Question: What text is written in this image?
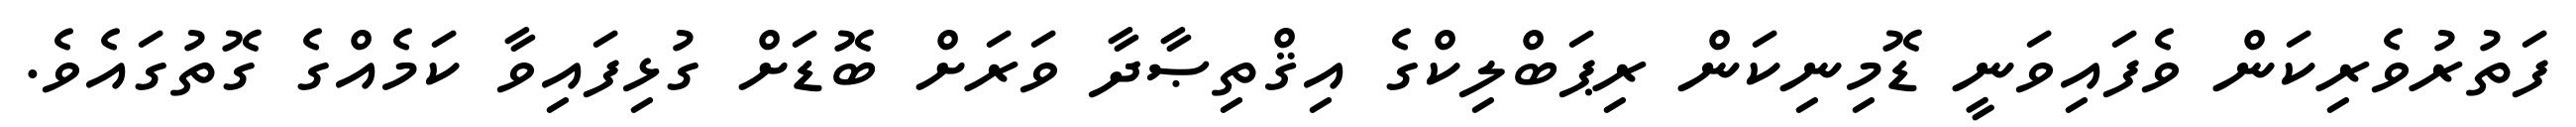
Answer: ފަތުރުވެރިކަން ވެފައިވަނީ ޑޮމިނިކަން ރިޕަބްލިކްގެ އިޤްތިޞާދާ ވަރަށް ބޮޑަށް ގުޅިފައިވާ ކަމެއްގެ ގޮތުގައެވެ.